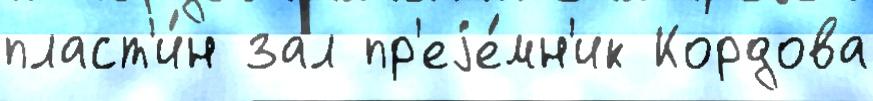
пласт'и́н зал пр'еjе́мн'ик Кордова